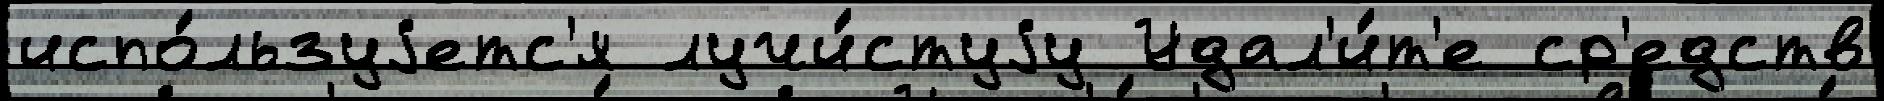
испо́льзуjетс'я лучи́стуjу Удал'и́т'е ср'едств